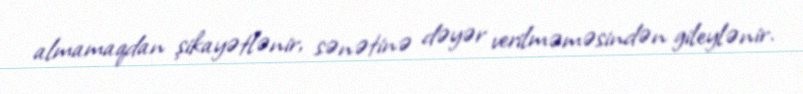
almamaqdan şikayətlənir, sənətinə dəyər verilməməsindən gileylənir.